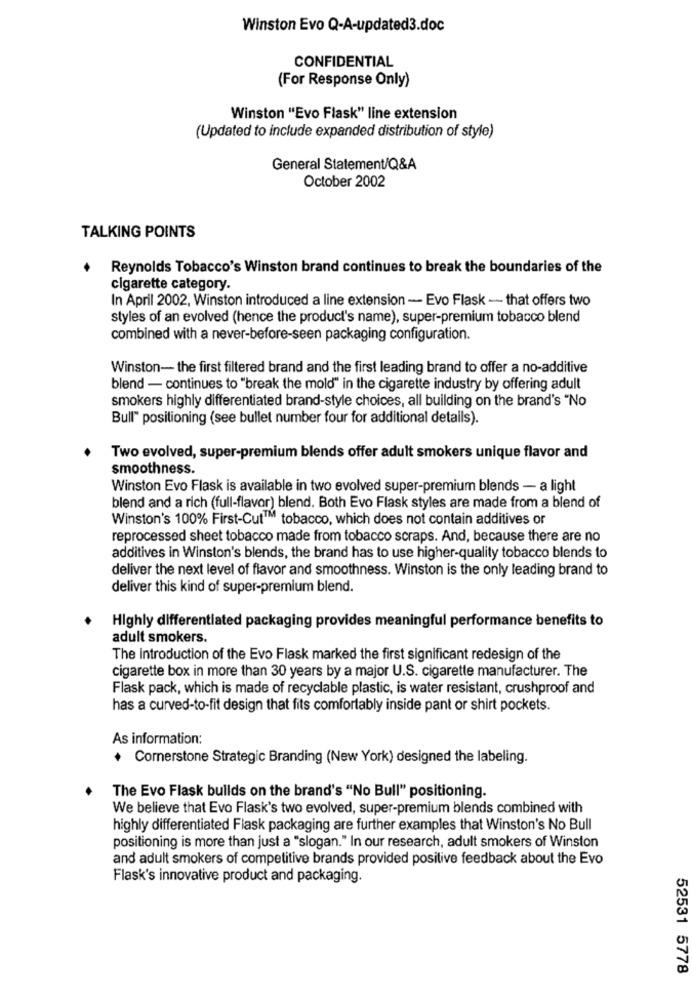
Winston Evo Q-A-updated3.doc
CONFIDENTIAL
(For Response Only)
Winston "Evo Flask" line extension
(Updated to include expanded distribution of style)
General Statement/Q&A
October 2002
TALKING POINTS
Reynolds Tobacco's Winston brand continues to break the boundaries of the
cigarette category.
In April 2002, Winston introduced a line extension - Evo Flask - that offers two
styles of an evolved (hence the product's name), super-premium tobacco blend
combined with a never-before-seen packaging configuration.
Winston- the first filtered brand and the first leading brand to offer a no-additive
blend - continues to "break the mold" in the cigarette industry by offering adult
smokers highly differentiated brand-style choices, all building on the brand's "No
Bull" positioning (see bullet number four for additional details).
Two evolved, super-premium blends offer adult smokers unique flavor and
smoothness.
Winston Evo Flask is available in two evolved super-premium blends - a light
blend and a rich (full-flavor) blend. Both Evo Flask styles are made from a blend of
Winston's 100% First-Cut™ tobacco, which does not contain additives or
reprocessed sheet tobacco made from tobacco scraps. And, because there are no
additives in Winston's blends, the brand has to use higher-quality tobacco blends to
deliver the next level of flavor and smoothness. Winston is the only leading brand to
deliver this kind of super-premium blend.
Highly differentiated packaging provides meaningful performance benefits to
adult smokers.
The introduction of the Evo Flask marked the first significant redesign of the
cigarette box in more than 30 years by a major U.S. cigarette manufacturer. The
Flask pack, which is made of recyclable plastic, is water resistant, crushproof and
has a curved-to-fit design that fits comfortably inside pant or shirt pockets.
As information:
Cornerstone Strategic Branding (New York) designed the labeling.
The Evo Flask bullds on the brand's "No Bull" positioning.
We believe that Evo Flask's two evolved, super-premium blends combined with
highly differentiated Flask packaging are further examples that Winston's No Bull
positioning is more than just a "slogan." In our research, adult smokers of Winston
and adult smokers of competitive brands provided positive feedback about the Evo
Flask's innovative product and packaging.
52531 5778